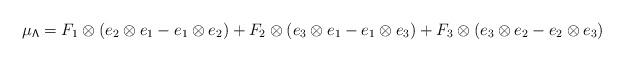
LaTeX: \begin{align*}\mu_\mathsf{\Lambda} =F_1\otimes (e_2\otimes e_1-e_1\otimes e_2)+ F_2\otimes (e_3\otimes e_1- e_1\otimes e_3) + F_3 \otimes (e_3\otimes e_2-e_2\otimes e_3)\end{align*}